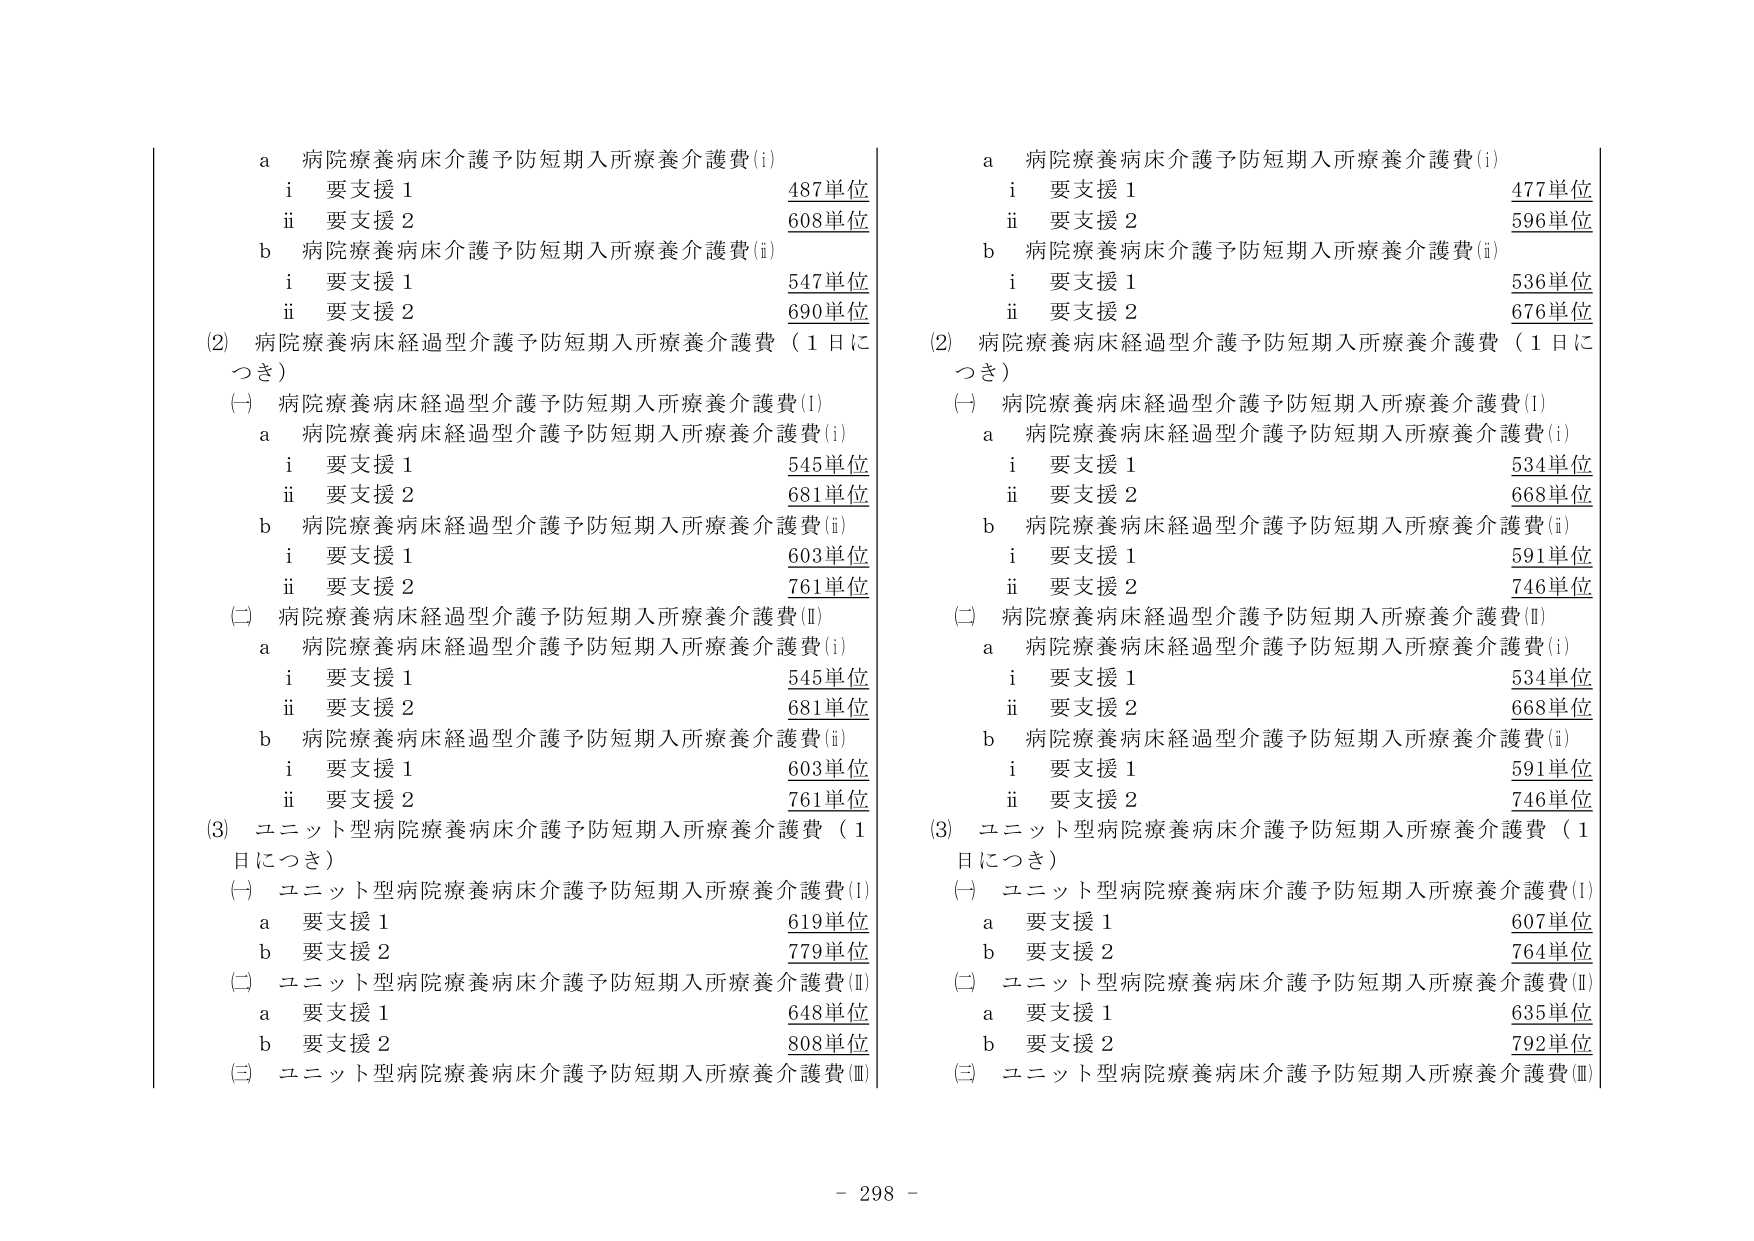
a 病院療養病床介護予防短期入所療養介護費(i)
　i 要支援1 487単位
　ii 要支援2 608単位
b 病院療養病床介護予防短期入所療養介護費(ii)
　i 要支援1 547単位
　ii 要支援2 690単位
(2) 病院療養病床経過型介護予防短期入所療養介護費（1日につき）
　(一) 病院療養病床経過型介護予防短期入所療養介護費(I)
　　a 病院療養病床経過型介護予防短期入所療養介護費(i)
　　　i 要支援1 545単位
　　　ii 要支援2 681単位
　　b 病院療養病床経過型介護予防短期入所療養介護費(ii)
　　　i 要支援1 603単位
　　　ii 要支援2 761単位
　(二) 病院療養病床経過型介護予防短期入所療養介護費(II)
　　a 病院療養病床経過型介護予防短期入所療養介護費(i)
　　　i 要支援1 545単位
　　　ii 要支援2 681単位
　　b 病院療養病床経過型介護予防短期入所療養介護費(ii)
　　　i 要支援1 603単位
　　　ii 要支援2 761単位
(3) ユニット型病院療養病床介護予防短期入所療養介護費（1日につき）
　(一) ユニット型病院療養病床介護予防短期入所療養介護費(I)
　　a 要支援1 619単位
　　b 要支援2 779単位
　(二) ユニット型病院療養病床介護予防短期入所療養介護費(II)
　　a 要支援1 648単位
　　b 要支援2 808単位
　(三) ユニット型病院療養病床介護予防短期入所療養介護費(III)

a 病院療養病床介護予防短期入所療養介護費(i)
　i 要支援1 477単位
　ii 要支援2 596単位
b 病院療養病床介護予防短期入所療養介護費(ii)
　i 要支援1 536単位
　ii 要支援2 676単位
(2) 病院療養病床経過型介護予防短期入所療養介護費（1日につき）
　(一) 病院療養病床経過型介護予防短期入所療養介護費(I)
　　a 病院療養病床経過型介護予防短期入所療養介護費(i)
　　　i 要支援1 534単位
　　　ii 要支援2 668単位
　　b 病院療養病床経過型介護予防短期入所療養介護費(ii)
　　　i 要支援1 591単位
　　　ii 要支援2 746単位
　(二) 病院療養病床経過型介護予防短期入所療養介護費(II)
　　a 病院療養病床経過型介護予防短期入所療養介護費(i)
　　　i 要支援1 534単位
　　　ii 要支援2 668単位
　　b 病院療養病床経過型介護予防短期入所療養介護費(ii)
　　　i 要支援1 591単位
　　　ii 要支援2 746単位
(3) ユニット型病院療養病床介護予防短期入所療養介護費（1日につき）
　(一) ユニット型病院療養病床介護予防短期入所療養介護費(I)
　　a 要支援1 607単位
　　b 要支援2 764単位
　(二) ユニット型病院療養病床介護予防短期入所療養介護費(II)
　　a 要支援1 635単位
　　b 要支援2 792単位
　(三) ユニット型病院療養病床介護予防短期入所療養介護費(III)

- 298 -